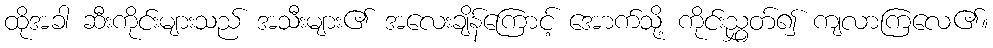
ထိုအခါ ဆီးကိုင်းများသည် အသီးများ၏ အလေးချိန်ကြောင့် အောက်သို့ ကိုင်းညွှတ်၍ ကျလာကြလေ၏။